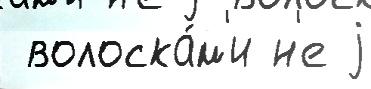
 волоска́м'и н'е j